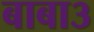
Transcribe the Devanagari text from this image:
बाबा३